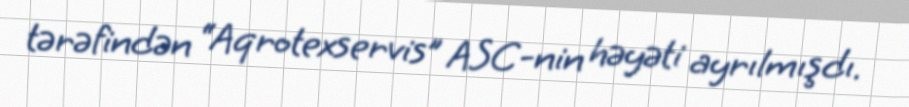
tərəfindən “Aqrotexservis” ASC-nin həyəti ayrılmışdı.